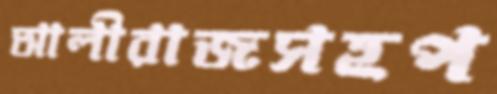
আলীরাজসহপ